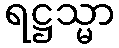
ရဋ္ဌသ္မာ